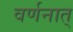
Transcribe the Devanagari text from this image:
वर्णनात्